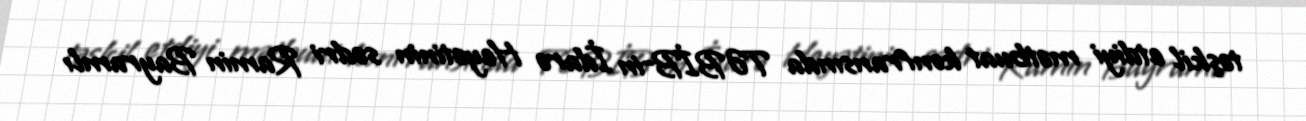
təşkil etdiyi mətbuat konfransında TƏBİB-in İdarə Heyətinin sədri Ramin Bayramlı